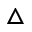
\bigtriangleup